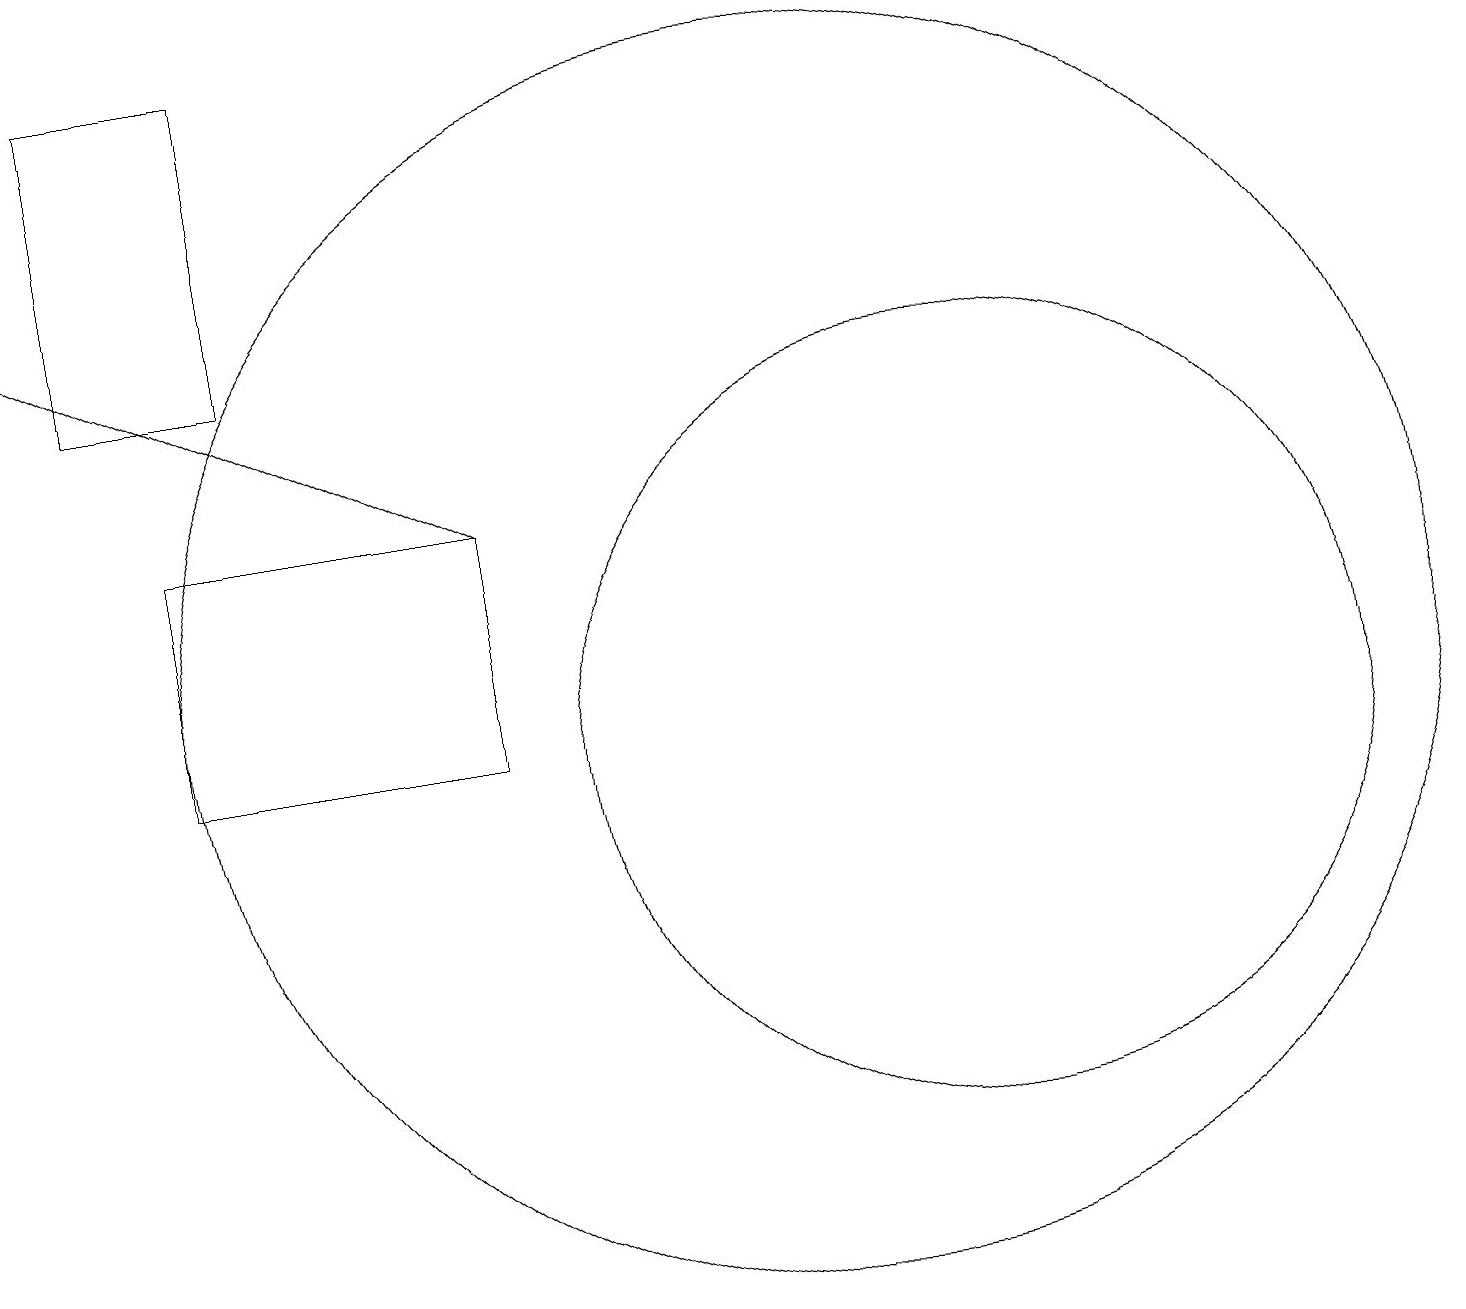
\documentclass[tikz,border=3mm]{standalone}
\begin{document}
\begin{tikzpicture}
\draw (6,13) rectangle (2,10);
\draw (12,10) circle (5);
\draw (1,19) rectangle (3,15);
\draw[->] (6,13) -- (0,16);
\draw (10,11) circle (8);
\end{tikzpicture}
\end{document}